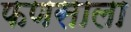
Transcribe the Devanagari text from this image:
फणसाला